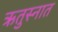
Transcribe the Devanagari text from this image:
ऋतुस्नात